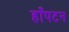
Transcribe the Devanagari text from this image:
हाँपटन